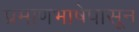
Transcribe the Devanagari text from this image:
प्रमाणभाषेपासून